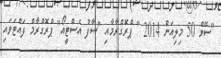
"ސޭވް 50 މިލިއަން 2014 " ޕްރޮގްރާމާއި "ސާފު އެސްޓީއޯ" ޕްރޮގްރާމް ފައްޓަވައި